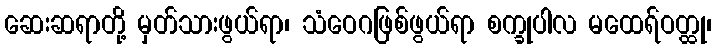
ဆေးဆရာတို့ မှတ်သားဖွယ်ရာ၊ သံဝေဂဖြစ်ဖွယ်ရာ စက္ခုပါလ မထေရ်ဝတ္ထု၊